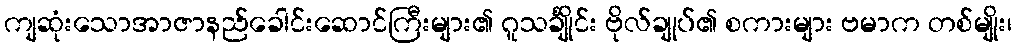
ကျဆုံးသောအာဇာနည်ခေါင်းဆောင်ကြီးများ၏ ဂူသင်္ချိုင်း ဗိုလ်ချုပ်၏ စကားများ ဗမာက တစ်မျိုး၊